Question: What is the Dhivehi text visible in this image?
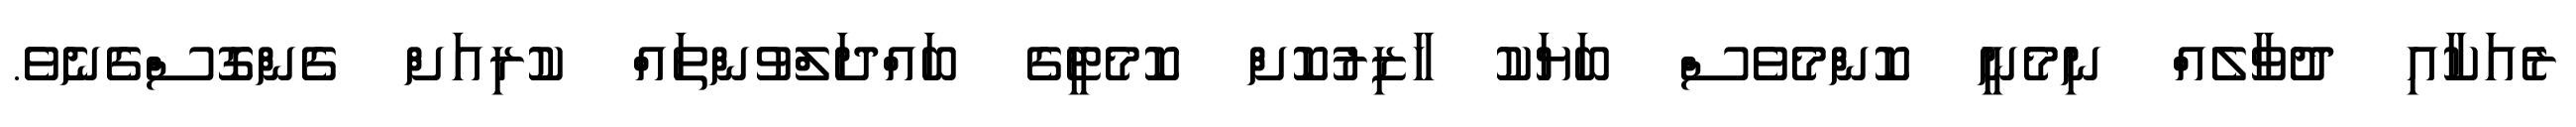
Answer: ރެއަކާއި ދުވާލެއް ނިމެނީ ކޮންމެވެސް ބަޔަކު ހާޒިރުކޮށް ކޮމެޓީގެ ބައްދަލްވުންތައް ކުރިއަށް ގެންގޮސްގެނެވެ.